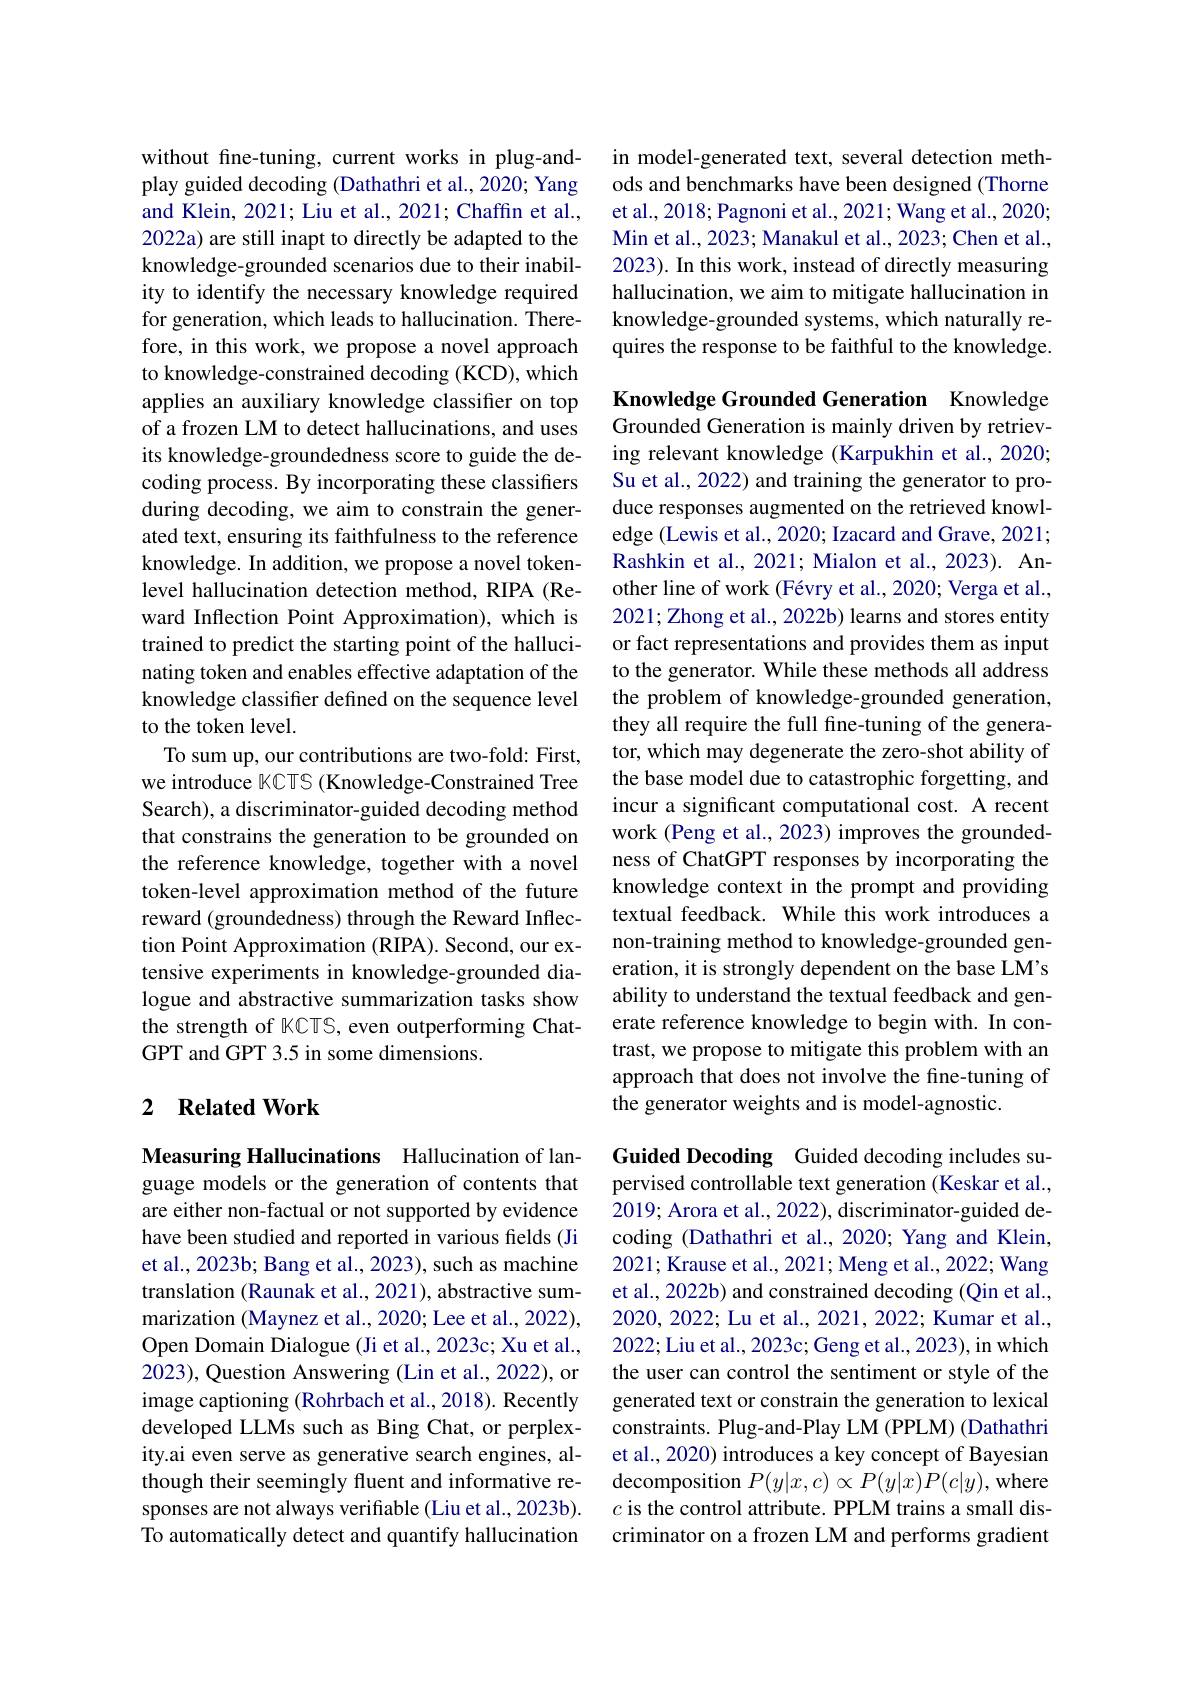
without fine-tuning, current works in plug-andplay guided decoding (Dathathri et al., 2020; Yang and Klein, 2021; Liu et al., 2021; Chaffin et al., 2022a) are still inapt to directly be adapted to the knowledge-grounded scenarios due to their inability to identify the necessary knowledge required for generation, which leads to hallucination. Therefore, in this work, we propose a novel approach to knowledge-constrained decoding (KCD), which applies an auxiliary knowledge classifier on top of a frozen LM to detect hallucinations, and uses its knowledge-groundedness score to guide the decoding process. By incorporating these classifiers during decoding, we aim to constrain the generated text, ensuring its faithfulness to the reference knowledge. In addition, we propose a novel tokenlevel hallucination detection method, RIPA (Reward Inflection Point Approximation), which is trained to predict the starting point of the hallucinating token and enables effective adaptation of the knowledge classifier defined on the sequence level to the token level.
To sum up, our contributions are two-fold: First, we introduce KCTS (Knowledge-Constrained Tree Search), a discriminator-guided decoding method that constrains the generation to be grounded on the reference knowledge, together with a novel token-level approximation method of the future reward (groundedness) through the Reward Inflection Point Approximation (RIPA). Second, our extensive experiments in knowledge-grounded dialogue and abstractive summarization tasks show the strength of KCTS, even outperforming ChatGPT and GPT 3.5 in some dimensions.

## 2 $\textbf{Related Work}$

Measuring Hallucinations Hallucination of language models or the generation of contents that are either non-factual or not supported by evidence have been studied and reported in various fields (Ji et al., 2023b; Bang et al., 2023), such as machine translation (Raunak et al., 2021), abstractive summarization (Maynez et al., 2020; Lee et al., 2022), Open Domain Dialogue (Ji et al., 2023c; Xu et al., 2023), Question Answering (Lin et al., 2022), or image captioning (Rohrbach et al., 2018). Recently developed LLMs such as Bing Chat, or perplexity.ai even serve as generative search engines, although their seemingly fluent and informative responses are not always verifiable (Liu et al., 2023b). To automatically detect and quantify hallucination

in model-generated text, several detection methods and benchmarks have been designed (Thorne et al., 2018; Pagnoni et al., 2021; Wang et al., 2020; Min et al., 2023; Manakul et al., 2023; Chen et al., 2023). In this work, instead of directly measuring hallucination, we aim to mitigate hallucination in knowledge-grounded systems, which naturally requires the response to be faithful to the knowledge.

Knowledge Grounded Generation Knowledge Grounded Generation is mainly driven by retrieving relevant knowledge (Karpukhin et al., 2020; Su et al., 2022) and training the generator to produce responses augmented on the retrieved knowledge (Lewis et al., 2020; Izacard and Grave, 2021; Rashkin et al., 2021; Mialon et al., 2023). Another line of work (Févry et al., 2020; Verga et al., 2021;Zhong et al., 2022b) learns and stores entity or fact representations and provides them as input to the generator. While these methods all address the problem of knowledge-grounded generation, they all require the full fine-tuning of the generator, which may degenerate the zero-shot ability of the base model due to catastrophic forgetting, and incur a significant computational cost. A recent work (Peng et al., 2023) improves the groundedness of ChatGPT responses by incorporating the knowledge context in the prompt and providing textual feedback. While this work introduces a non-training method to knowledge-grounded generation, it is strongly dependent on the base LM's ability to understand the textual feedback and generate reference knowledge to begin with. In contrast, we propose to mitigate this problem with an approach that does not involve the fine-tuning of the generator weights and is model-agnostic.

Guided Decoding Guided decoding includes supervised controllable text generation (Keskar et al., 2019; Arora et al., 2022), discriminator-guided decoding (Dathathri et al., 2020; Yang and Klein, 2021; Krause et al., 2021; Meng et al., 2022; Wang et al., 2022b) and constrained decoding (Qin et al., 2020,2022; Lu et al., 2021, 2022; Kumar et al., 2022; Liu et al., 2023c; Geng et al., 2023), in which the user can control the sentiment or style of the generated text or constrain the generation to lexical constraints. Plug-and-Play LM (PPLM) (Dathathri et al., 2020) introduces a key concept of Bayesian decomposition $P(y|x,c)\propto P(y|x)P(c|y)$, where $c$ is the control attribute. PPLM trains a small discriminator on a frozen LM and performs gradient